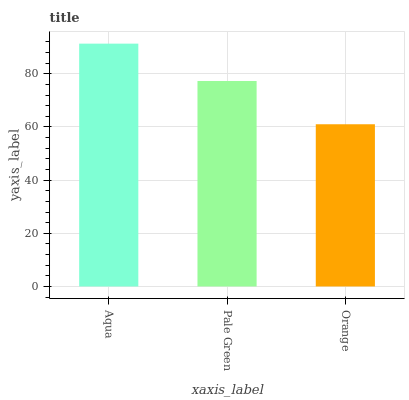
| xaxis_label | bars |
 | --- | --- |
 | Aqua | 91.3 |
 | Pale Green | 77.3 |
 | Orange | 61 |